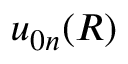
u _ { 0 n } ( R )